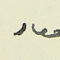
معاد